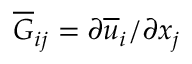
\overline { { G } } _ { i j } = \partial \overline { { u } } _ { i } / \partial x _ { j }